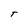
Character: T